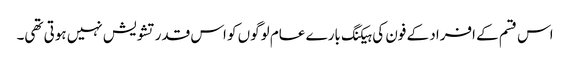
اس قسم کے افراد کے فون کی ہیکنگ بارے عام لوگوں کو اس قدر تشویش نہیں ہوتی تھی۔